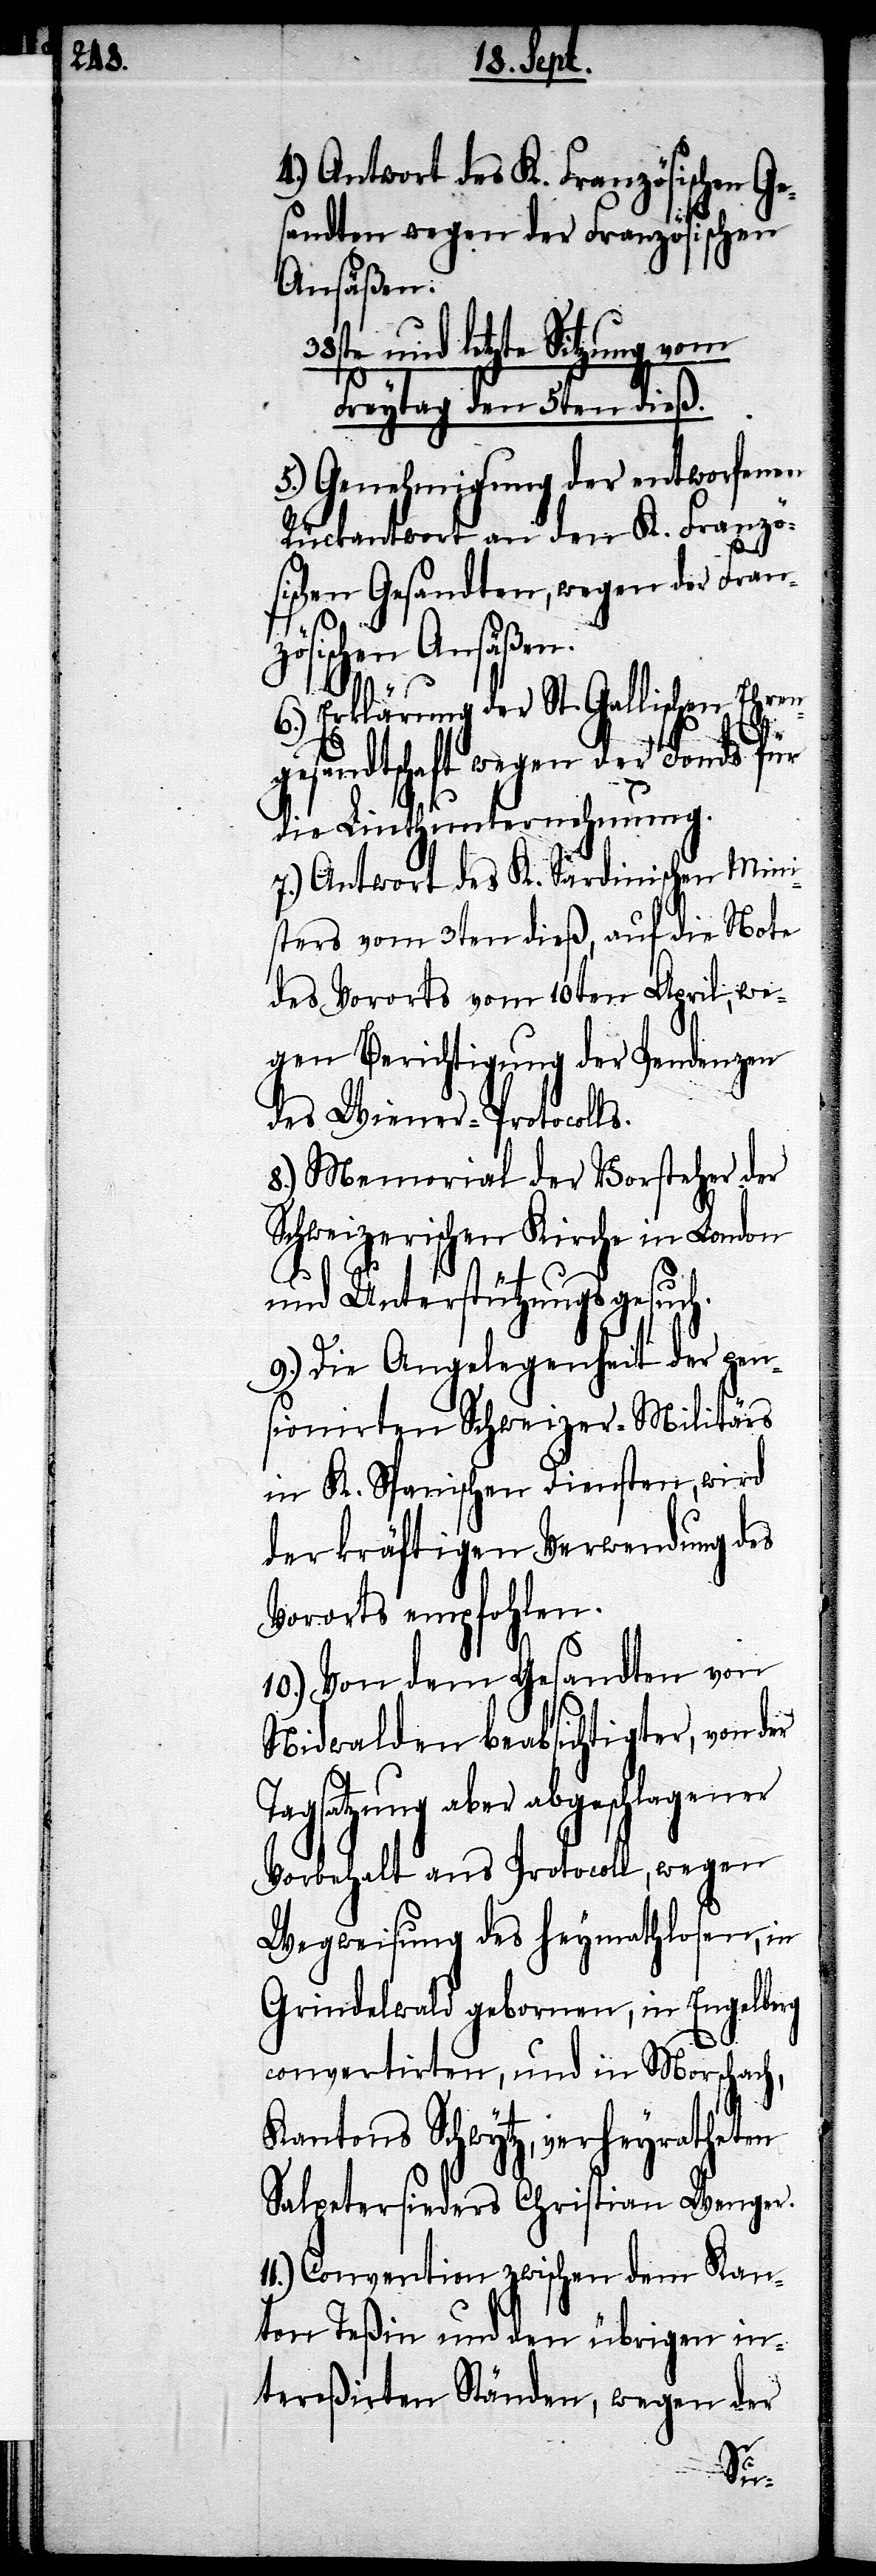
4.) Antwort des K. Französischen Ge¬
sandten wegen der Französischen
Ansäßen:
38ste und letzte Sitzung vom
Freytag den 5ten dieß.
5.) Genehmigung der entworfenen
Rückantwort an den K. Französ¬
ischen Gesandten, wegen der Fran¬
zösischen Ansäßen.
6.) Erklärung der St. Gallischen Ehren¬
gesandtschaft wegen der Fonds für
die Linthunternehmung.
7.) Antwort des K. Sardinischen Mini¬
sters vom 3ten dieß, auf die Note
des Vororts vom 10ten April, we¬
gen Berichtigung der Pendenzen
des Wiener-Protocolls.
8.) Memorial der Vorsteher der
Schweizerischen Kirche in London
und Unterstützungsgesuch.
9.) Die Angelegenheit der pen¬
sionirten Schweizer-Militärs
in K. Spanischen Diensten, wird
der kräftigen Verwendung des
Vororts empfohlen.
10.) Von dem Gesandten von
Nidwalden beabsichtigter, von der
Tagsatzung aber abgeschlagener
Vorbehalt ans Protocoll, wegen
Wegweisung des Heymathlosen, in
Grindelwald gebornen, in Engelberg
convertirten, und in Morschach,
Kantons Schwytz, verheyratheten
Salpetersieders Christian Wenger.
Convention zwischen dem Kan¬
ton Teßin und den übrigen in¬
tereßirten Ständen, wegen der